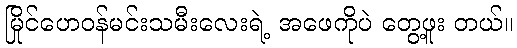
မြိုင်ဟေဝန်မင်းသမီးလေးရဲ့ အဖေကိုပဲ တွေ့ဖူး တယ်။